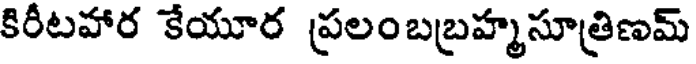
కిరీటహార కేయూర ప్రలంబబ్రహ్మసూత్రిణమ్